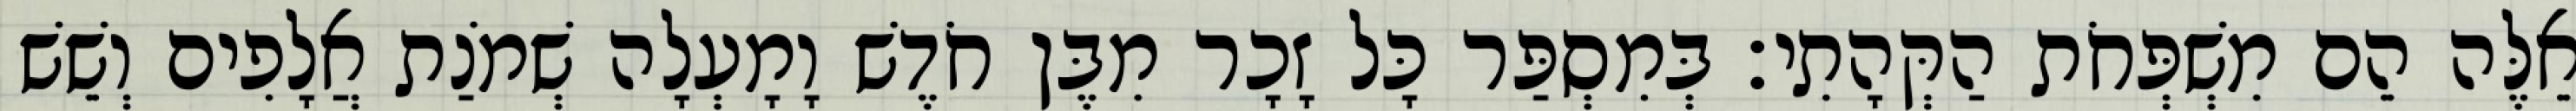
אֵלֶּה הֵם מִשְׁפְּחֹת הַקְּהָתִי׃ בְּמִסְפַּר כָּל זָכָר מִבֶּן חֹדֶשׁ וָמָעְלָה שְׁמֹנַת אֲלָפִים וְשֵׁשׁ